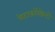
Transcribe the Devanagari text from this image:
मेटाफ़ॉस्फ़ेटों